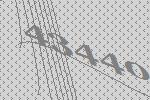
43440